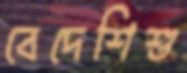
বেদেশিশু